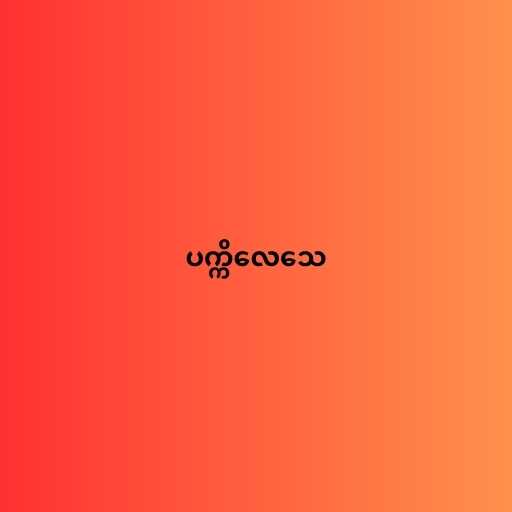
ပက္ကိလေသေ